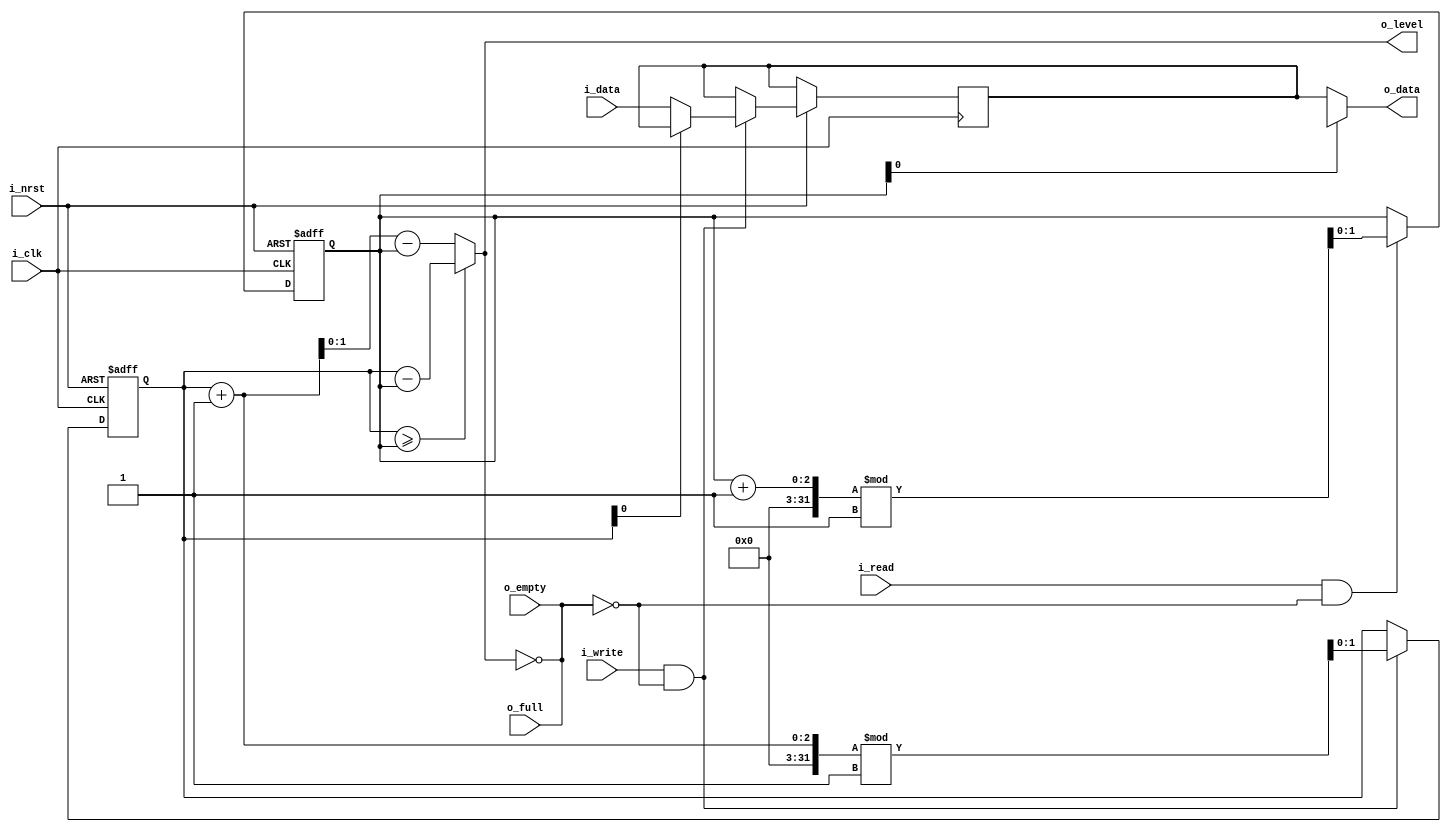
module fifo(
	input				               i_clk,
	input				               i_nrst,
   input    [WIDTH-1:0]          i_data,
   output   [WIDTH-1:0]          o_data,	
	input			                  i_write,
	input			                  i_read,
   output   [$clog2(DEPTH)-1:0]  o_level,
   input                         o_full,
   input                         o_empty
);

   parameter   DEPTH = 1,
               WIDTH = 1;
   
   reg   [WIDTH-1:0]          data  [DEPTH-1:0];
   reg   [$clog2(DEPTH)-1:0]  rptr;
   reg   [$clog2(DEPTH)-1:0]  wptr;
   
   assign   o_data   = data[rptr];
   assign   o_level  = (wptr >= rptr) ? 
                        wptr - rptr : 
                        wptr + DEPTH - rptr; 
   assign   o_full   = (o_level == (DEPTH-1));
   assign   o_empty  = (o_level == 0);

   always@(posedge i_clk or negedge i_nrst) begin
		if(!i_nrst) begin
         rptr  <= 0;
         wptr  <= 0;
		end else begin
         if(i_write && !o_full) begin
            wptr <= (wptr + 1) % DEPTH;  
            data[wptr] <= i_data; 
         end
         if(i_read && !o_empty) begin
            rptr <= (rptr + 1) % DEPTH;  
         end
		end
	end
endmodule